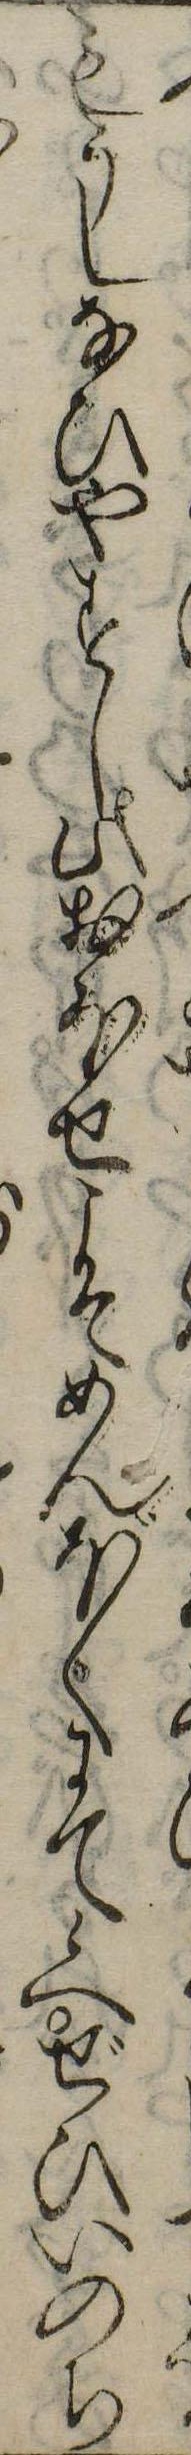
もうしなひやすし此おほせこそめんぼくにて候へぜひいのち